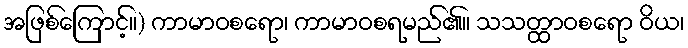
အဖြစ်ကြောင့်။) ကာမာဝစရော၊ ကာမာဝစရမည်၏။ သသတ္ထာဝစရော ဝိယ၊